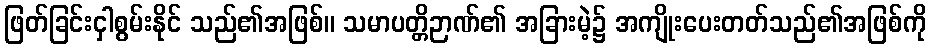
ဖြတ်ခြင်းငှါစွမ်းနိုင် သည်၏အဖြစ်။ သမာပတ္တိဉာဏ်၏ အခြားမဲ့၌ အကျိုးပေးတတ်သည်၏အဖြစ်ကို